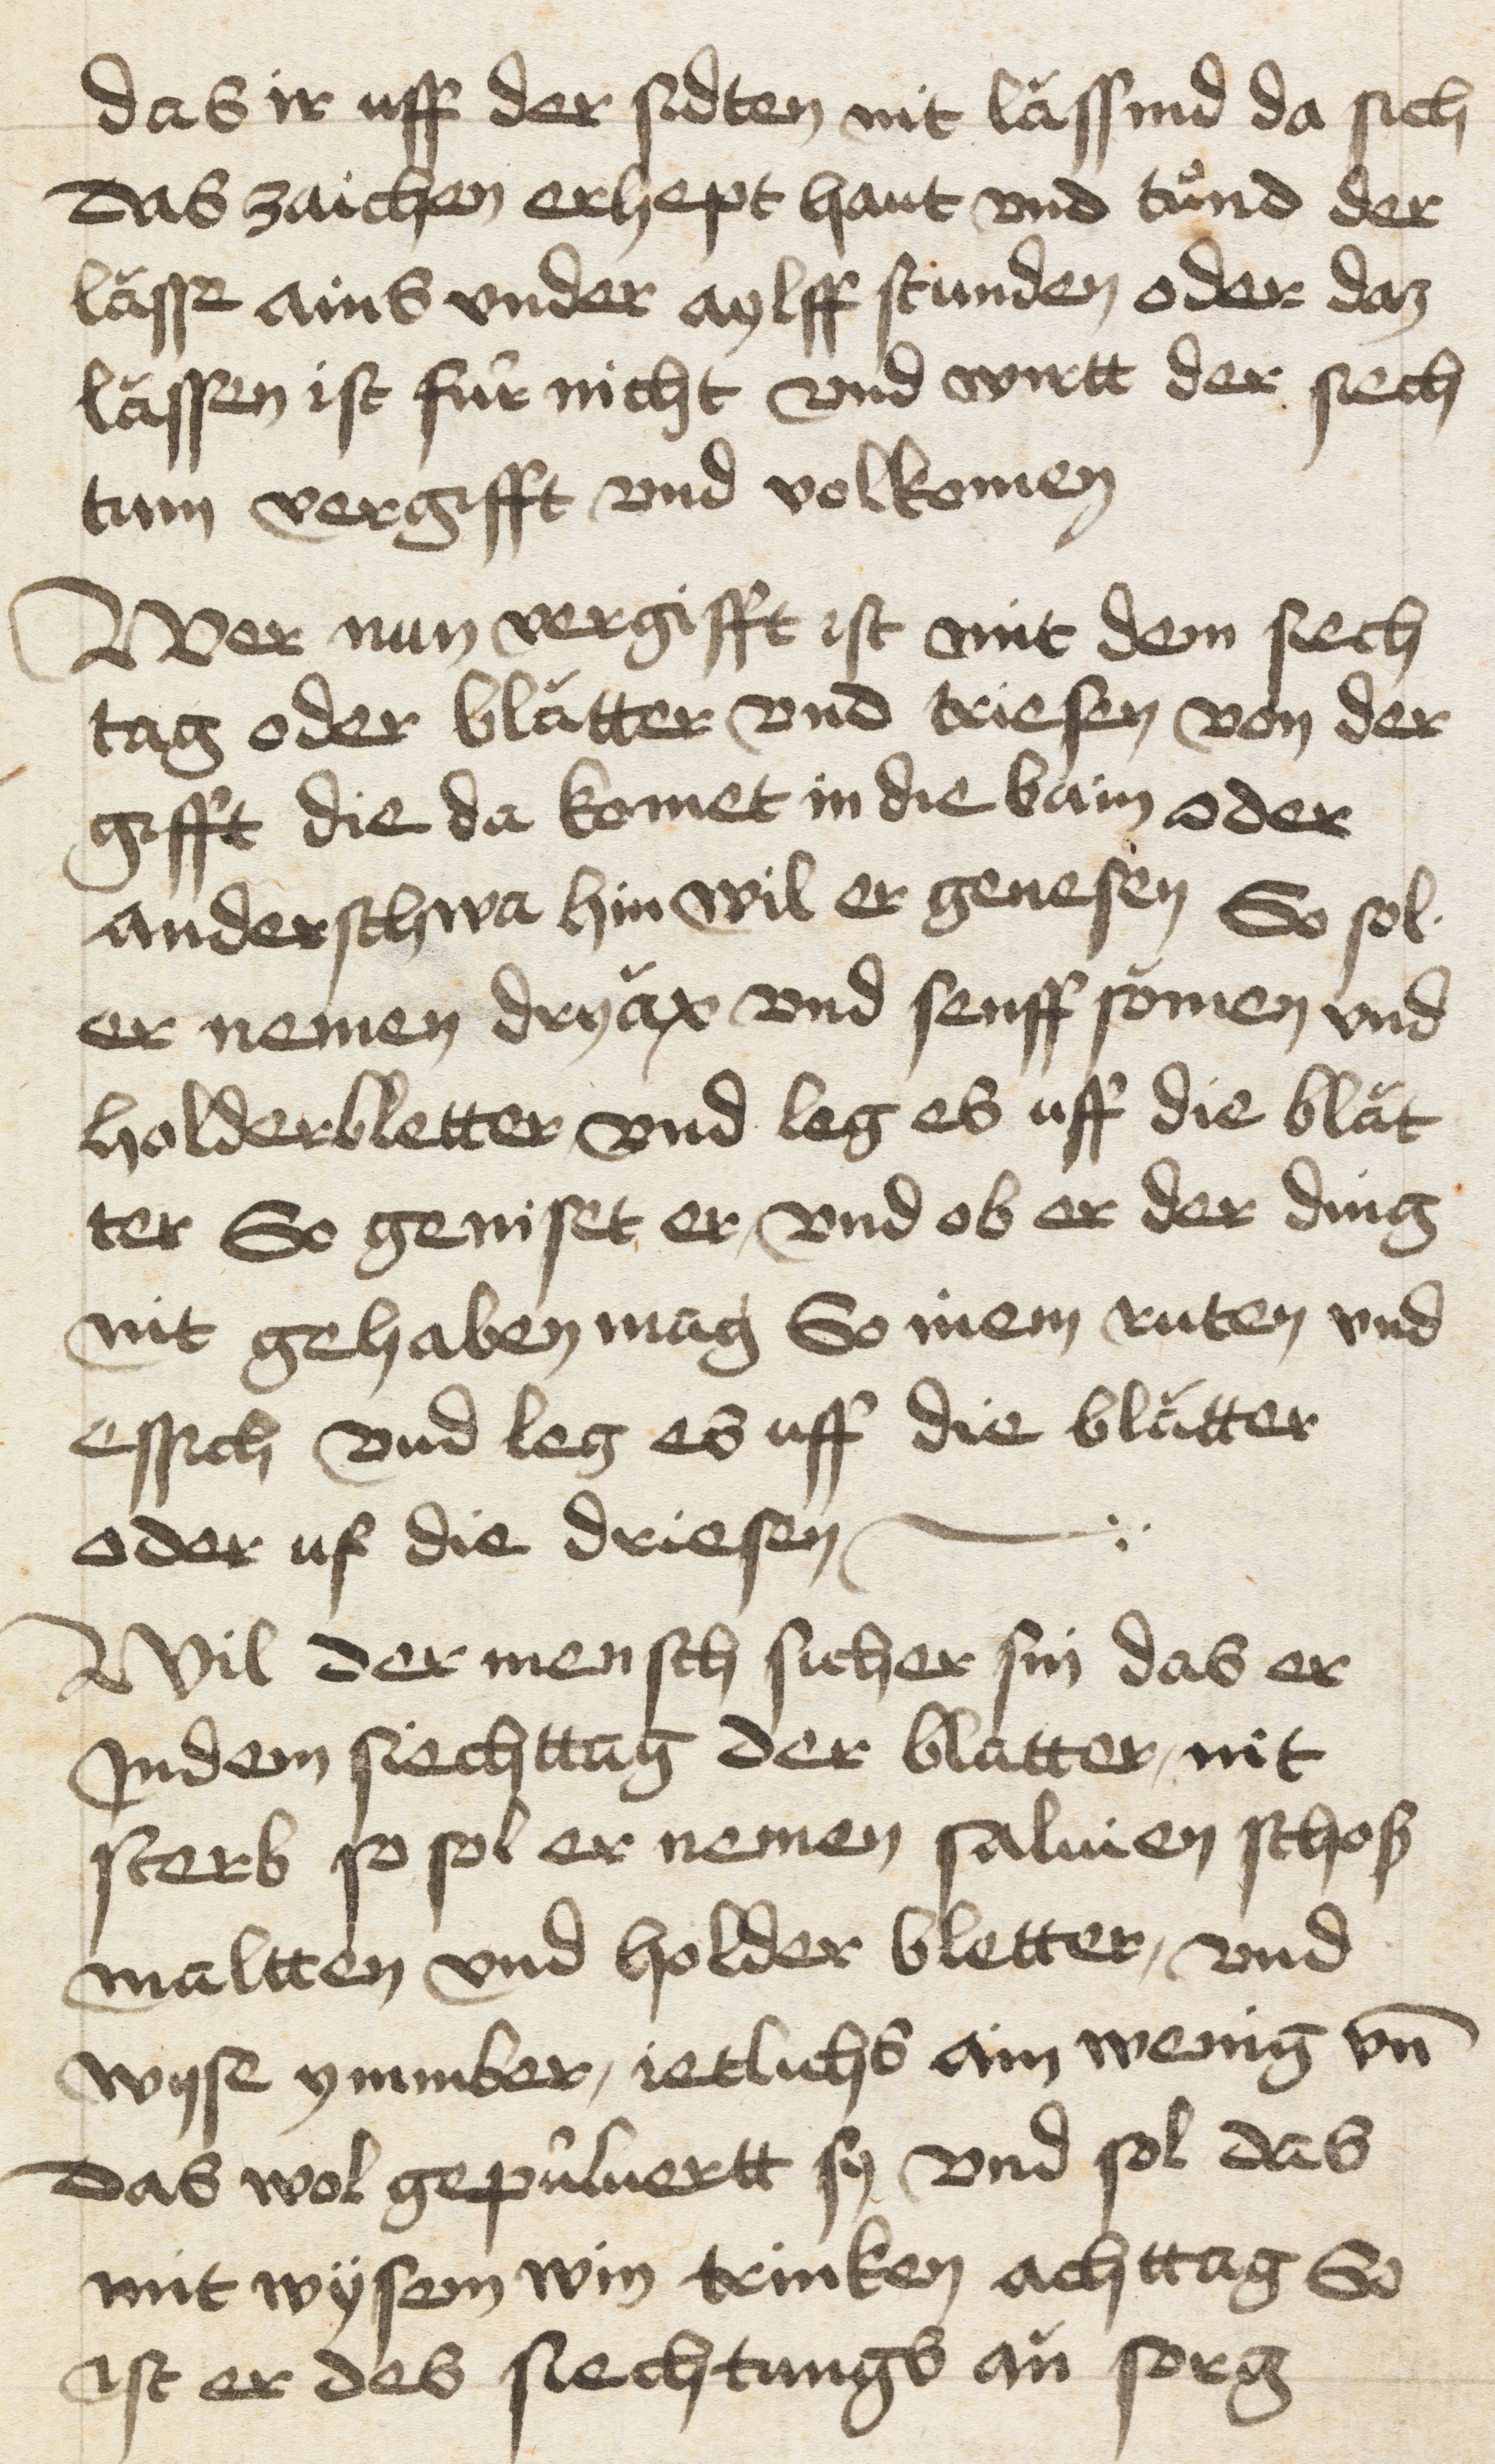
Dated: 1400–1499